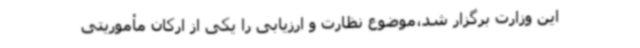
این وزارت برگزار شد،موضوع نظارت و ارزیابی را یکی از ارکان مأموریتی